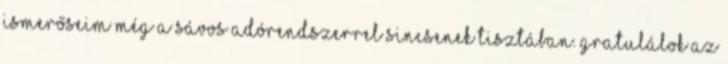
ismerőseim még a sávos adórendszerrel sincsenek tisztában. gratulálok az